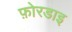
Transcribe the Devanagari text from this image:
फ़ोरडाइ